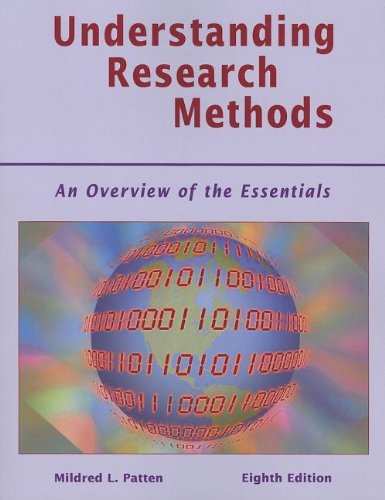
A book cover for Understanding Research Methods: An Overview of the Essentials; Mildred L. Patten; Politics & Social Sciences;